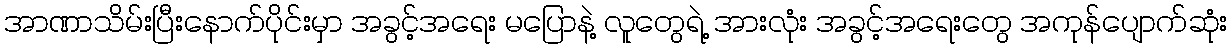
အာဏာသိမ်းပြီးနောက်ပိုင်းမှာ အခွင့်အရေး မပြောနဲ့ လူတွေရဲ့ အားလုံး အခွင့်အရေးတွေ အကုန်ပျောက်ဆုံး